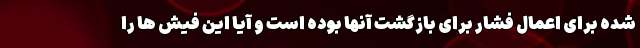
شده برای اعمال فشار برای بازگشت آنها بوده است و آیا این فیش ها را